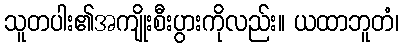
သူတပါး၏အကျိုးစီးပွားကိုလည်း။ ယထာဘူတံ၊